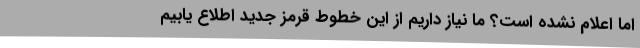
اما اعلام نشده است؟ ما نیاز داریم از این خطوط قرمز جدید اطلاع یابیم